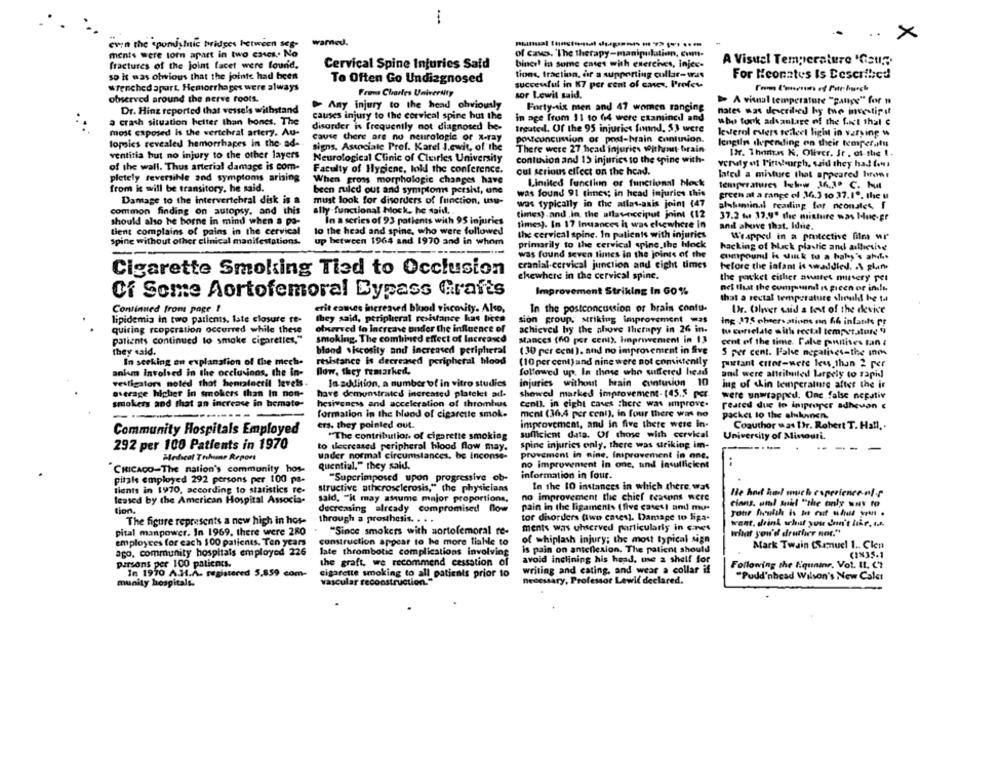
..
×
even the spondymic bridges between seg-
warned.
ments were torn apart in two cases .. No
of caves. "The therapy-manipulation, com-
A Visuel Temperature 'Gati?
fractures of the joint facet were found.
Cervical Spine Injuries Said
binci! in some cases with exercises, injec-
so it was olwious that the jointe had been
tions, fraction, år a supporting cullar-was
For Heonates Is Described
To Often Go Undiagnosed
successful in K7 per cent of caves, Profes
wrenched apart. Hemorrhages were always
Frans Charles University
observed around the nerve roots.
sor Lewit said.
Any injury to the head obviously
Forty-six men and 47 women ranging
> A vital temperature "gange" for n
Dr. Hinz reported that vessels withstand
causes injury to the cervical spine hut the
nates was described by the mexatipl
a crash situation helter than bones. The
in age from 11 to (14 were examined and
who took advantage of the fact that e
disorder is frequently not diagnosed be-
treated. Of the 95 injuries found, $, were
most esposed is the vertebral artery. Au-
cause there are no neurologic or x-ray
leverol evers teileet light in varying w
topsics revealed hemorrhapes in the ad-
postconcussion of post-brain continion.
lengiln ilepending on their temperatu
signs. Associale Pref. Karel I.ewit, of the
There were 27 head injuries withmet brain
[Dr. Thomas K, Oliver, Jr . of the 1.
ventitia hut no injury to the other layers
Neurological Clinic of Churles University
contunion and 15 injuries to the epine with-
of the wall. Thus arterial damage is com-
verudty of Firsteurgh, said they had don
Faculty of Hygiene, loll the conference.
cul serious effect on the head.
lated a misture that appeared hron
pletely reversible and symptoms arising
When gross morphologie changes have
Limited function of functional bock
from it will be transitory, he said.
been ruled out and symptoms persist, une
temperatures bylw 36,3º C. hut
was found 91 times; in head injuries this
grech at a range of 36.3 10 37.1º, the u
Damage to the intervertebral disk is a
must look for disorders of function, usu-
was typically in the atlas-axis joint (47
alskomind reading for neonsles, I
common finding on autopsy, and this
ally functional block, he said,
times).and .In the allavincciput joint (12
In a series of 93 patients with 95 injuries
37.2 tut 17,9º the mixture was Hue-gr
should also be borne in mind when a po-
times). In 17 Insances it was elsewhere in
anil above that. Idue.
tient complains of pains in the cervical
to the head and spine, who were followed
the cervical spine. In patients with injuries
Wrapped in a protective film ur
spine without other clinical
nifestations-
up between 1964 and 1970 and in whom
primarily to the cervical spine, the block
hacking of black plastic and adhesive
was found seven times in the joints of the
compound is sutk to a baby's ahis
cranial-cervical junction and eight times
before the iafant is swaddled. . \ plan
Cigarette Smoking Tied to Occlusion
ckewhere in the cervical spine.
the packet citlice awastes muttery per
nel that the composant is preen of insle
Of Some Aortofemoral Bypass Grafts
Improvement Striking In GO%
that a rectal temperature should be ta
Continued from page !
erit cames increased blood viscosity. Also,
In the postconcussion of brain contu-
Dr. Oliver said a test of the device
lipidemia in two patients, Iste closure ft-
they said, peripheral resistance has been
sion group; striking improvement was
Ing 175 observations on 66 infants pf
quiring rcoperation occurred while these
observed to Increase under the influence of
achieved by the ahove therapy in 26 in.
tu correlate mitla rectal temperature 9
patients continued to smoke cigarettes,"
smoking. The combined effect of Increased
Mances (60 per cent), improvement in 13
cent of the time. False pnullises tan :
(30 per cent), and no improvement in five
they said.
blond viscosity and increased peripheral
S per cent. Pale negatives=the ines
In seeking an explanation of the mech-
resistance is decreased peripheral blood
(10 per cent) and nine were not comistently
puistant citor-were ley than 2 per
aniam Involved in the occluvinos, the in-
flow, they remarked,
followed up. In those who suffered head
and were attributed largely to rapid
vestigator noted that hematoctil levels.
In addition, a number of in vitro studies
injuries without heain contusion 10
ing of skin temperature after the ir
average higher in smokers than In non-
have demonstrated increased platelet auf-
showed marked improvement- 145.5 per
were unwrapped. Onc false negativ
smokers and that an increase in bemate-
hesiveness and acceleration of thrombus
cenll. in eight caves there was anprove.
reated due to iniproper adhevan
formation in the blood of cigarette smoke
ment (36.4 per cent), in four there was no
packet to the elukanen.
ers. they pointed out.
improvement, and in five there were In-
Coauthor was Dr. Robert T. Hall ..
Community Hospitals Employed
sufficient data. Of those with cervical
"The contribution, of cigarette smoking
University of Missouri.
292 per 100 Patients in 1970
to decreased peripheral blood flow may.
spine injuries only, there was striking im-
-...
----
under normal circumstances, be inconse-
provement in nine, Improvement in one.
Medical Tribune Report
no improvement in one, and insufficient
CHICAGO-The nation's community hos-
quential." they said.
pitais employed 292 persons per 100 pa-
"Superimposed upon progressive ob-
information in four.
In the 10 instances in which there was
lients in 1970, according to statistics re-
structive atherosclerosis," the physicians
He hor hal much esperience-off
leased by the American Hospital Associa-
said, "it may assume major proportions,
no improvement the chief reasons were
tion.
decreasing already compromised flow
pain in the ligaments ( five cases! and mu-
cians, uml suil "the only way to
tor disorders (two cases). Damage to liga-
The figure represents a new high in hos-
through a prosthesis. . . .
want. drink schuf you don't htir, er.
pital manpower. In 1969. there were 280
"Since smokers with sortofemoral te-
ments was chserved particularly in c.nes
what you'd drather not."
of whiplash injury; the most typical sign
employees for each 100 patients. Ten years
construction appear to be more tiable to
Mark Twain Commuel 1 .. Clen
ago, community hospitals employed 226
late thrombotic complications involving
Is pain on anteflexion. The patient should
(1835-1
the graft, we recommend cessation of
avoid inclining his head, me a shelf for
parsons per 100 patients.
writing and cating, and wear a collar if
Following the l.qunine, Vol. IL. C}
In 1970 A.H.A. registered 5,859 com-
cigarette smoking to all patients prior 10
"Pudd'nhead Wilson's New Caler
munity hospitals.
vascular reconstruction."
necessary, Professor Lewid declared.